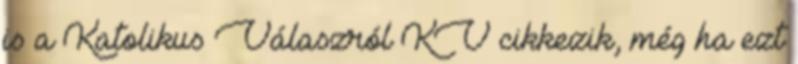
is a Katolikus Válaszról KV cikkezik, még ha ezt